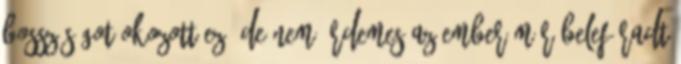
bosszúságot okozott ez, de nem érdemes.az ember már belefáradt